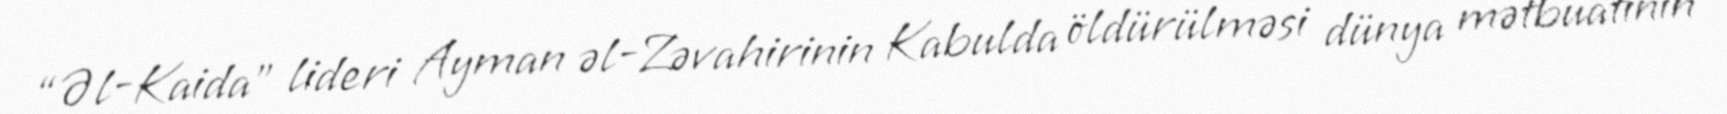
“Əl-Kaida” lideri Ayman əl-Zəvahirinin Kabulda öldürülməsi dünya mətbuatının